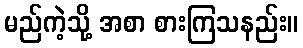
မည်ကဲ့သို့ အစာ စားကြသနည်း။